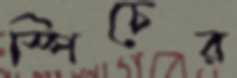
স্পিচের